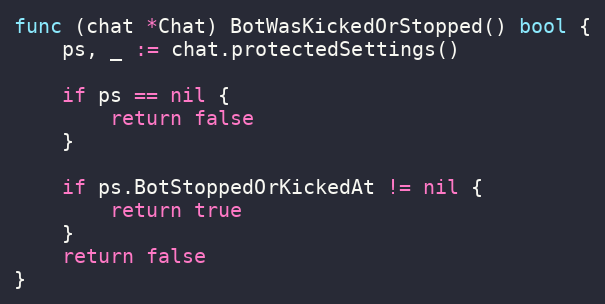
Language: Go
func (chat *Chat) BotWasKickedOrStopped() bool {
	ps, _ := chat.protectedSettings()

	if ps == nil {
		return false
	}

	if ps.BotStoppedOrKickedAt != nil {
		return true
	}
	return false
}